Alatskivi_vallavalitsus_et, lk 100
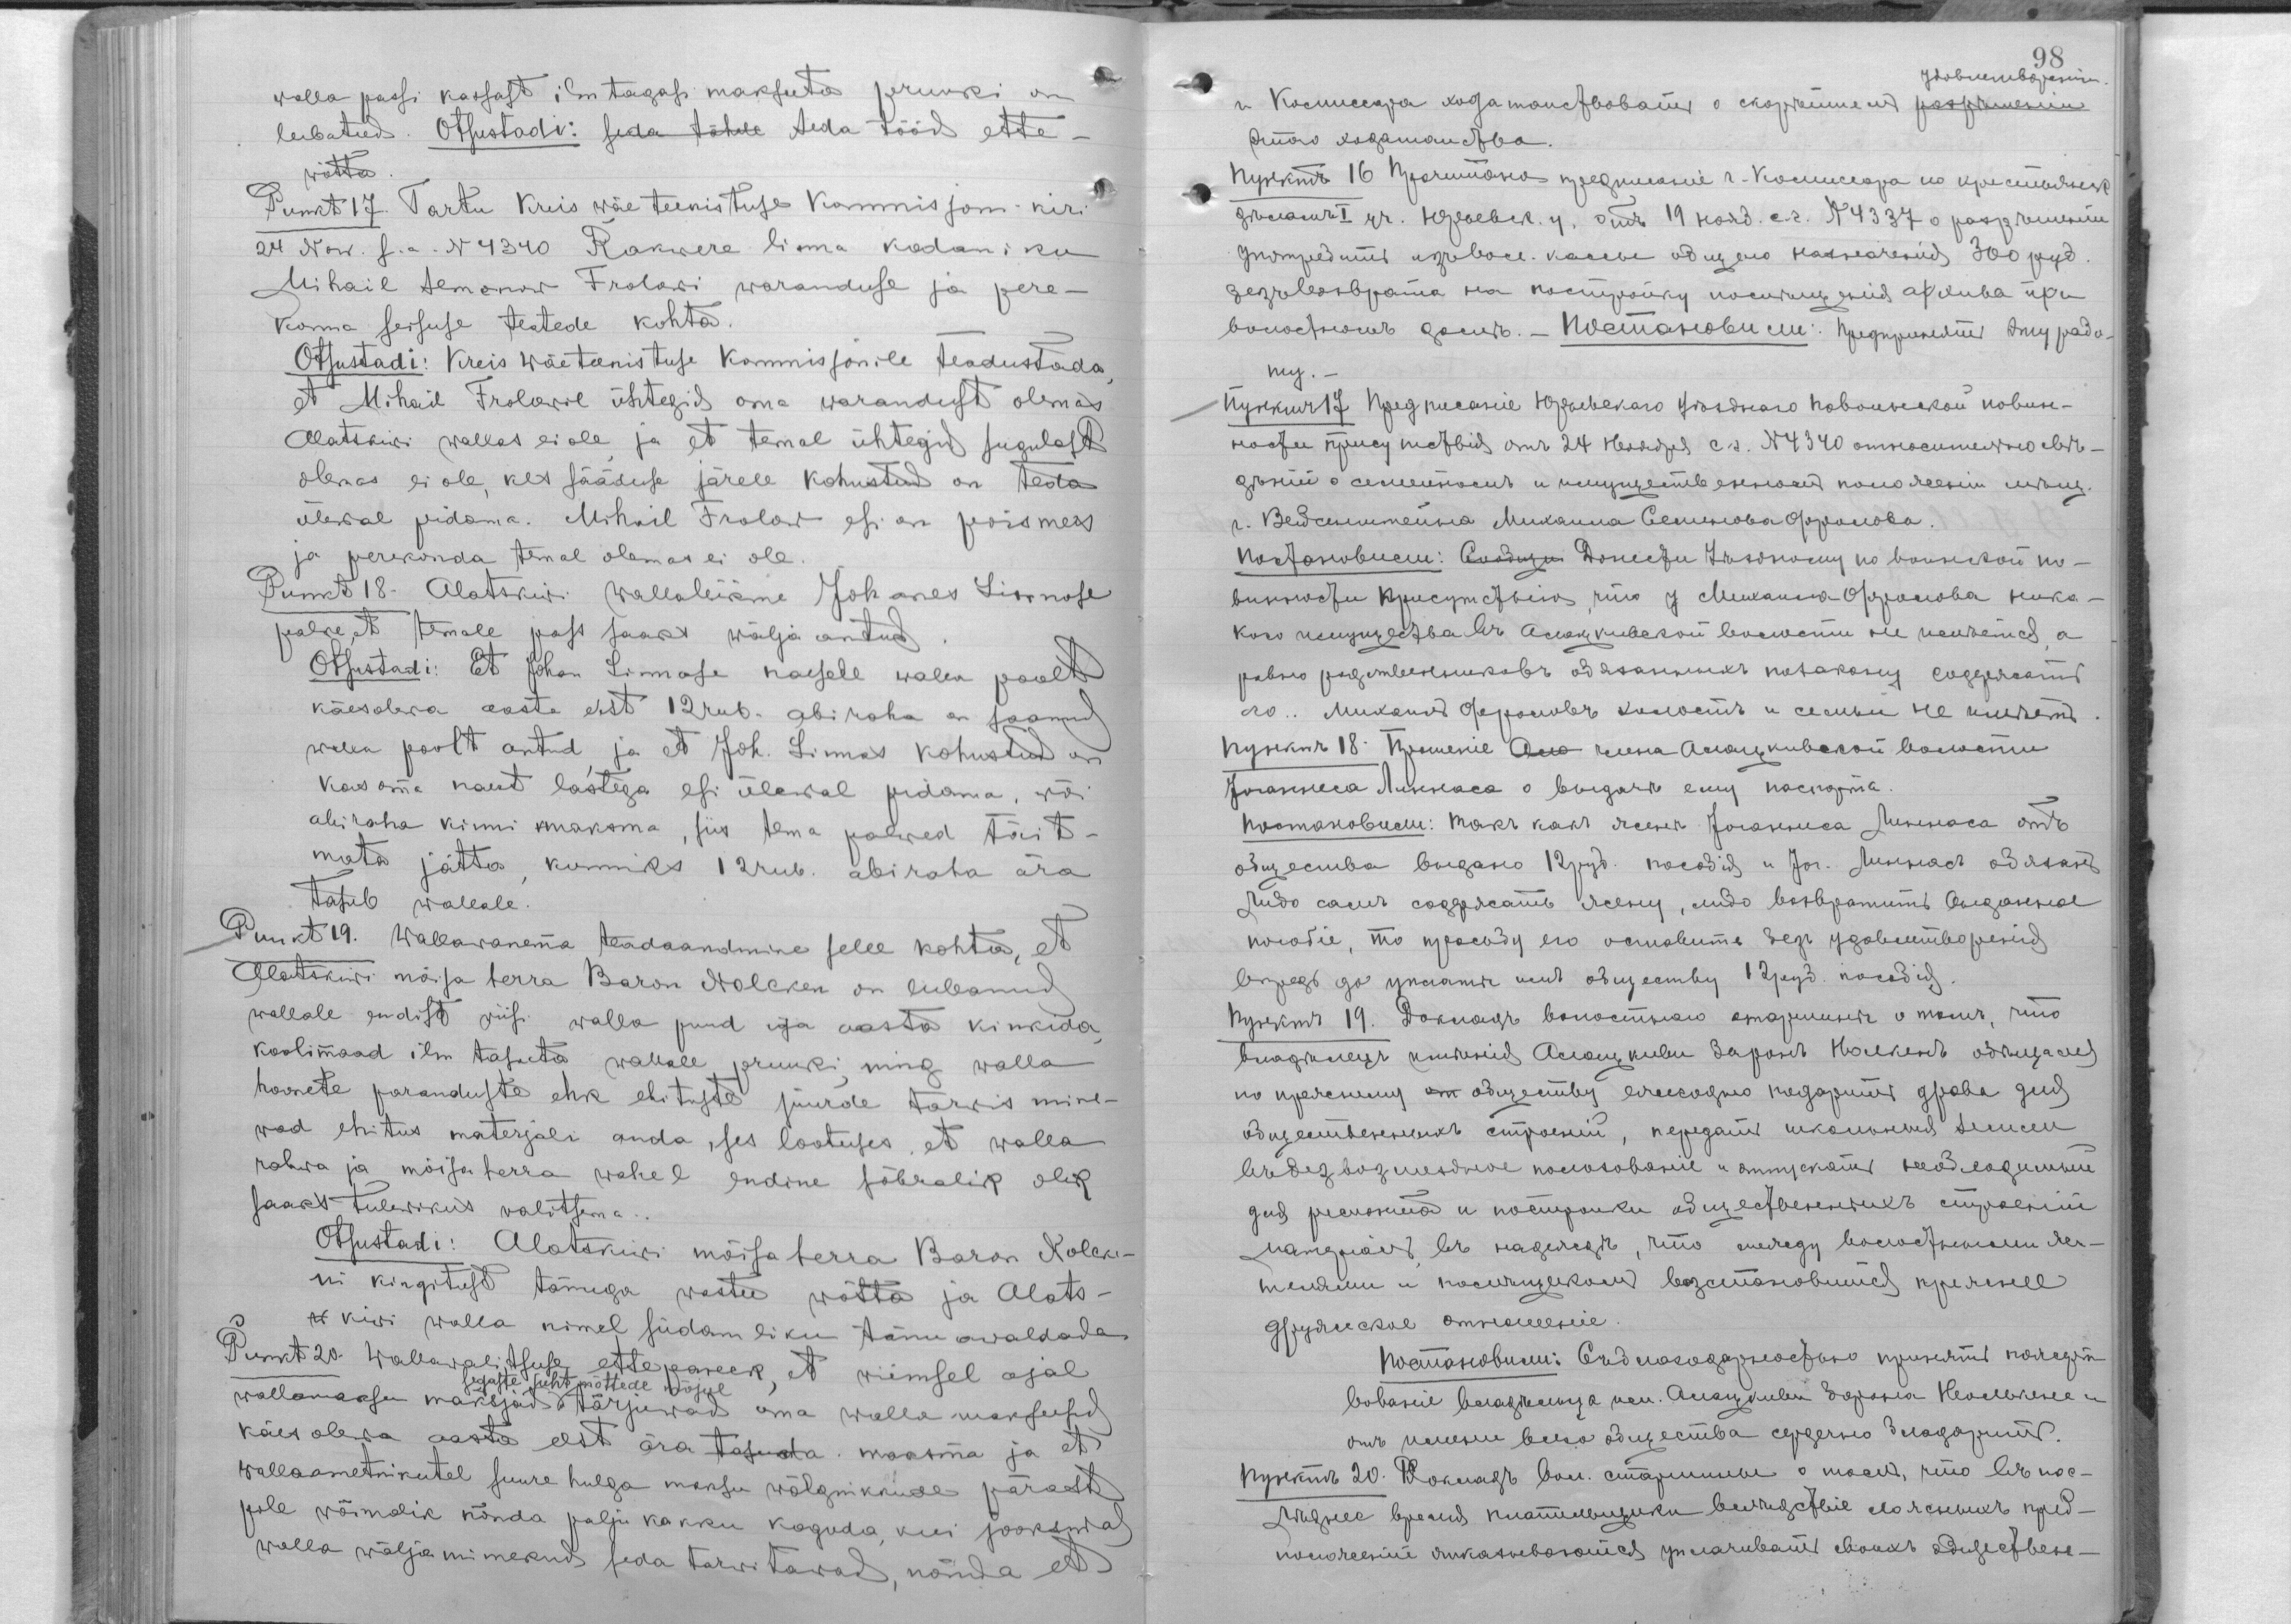
walla passi kassast ilm tagasi maksuta pruuki on
lubatud. Otsustadi: seda tähele teda tööd ette-
wõtta.
Punkt 17. Tartu Kreis wäe teenistuse Kommisjoni kiri
24 Now. s.a. N 4340 Rakwere linna kodaniku
Mihail Semonow Frolowi waranduse ja pere-
konna seisuse teatede kohta.
Otustadi: Kreis wäeteenistuse Kommisjonile teadustada,
et Mihail Frolowil ühtegid oma warandust olemas
Alatskiwi wallas ei ole, ja et temal ühtegid sugulast
olemas ei ole, kes sääduse järele kohustud on teda
ülewal pidama. Mihail Frolow esi on poismees
ja perekonda temal olemas ei ole.
Punkt 18. Alatskiwi wallaliikme Johanes Linnose
palwe, et temale pass saaks wälja antud.
Otsustadi: Et Johan Linnase naesele walla poolt
käesolewa aasta eest 12 ub. abiraha on saanud
walla poolt antud, ja et Joh. Linnas kohustud on
kas oma neast lastega esi ülewal pidama, wõi
abiraha kinni maksm, siis tema palwed täit-
mata jätta, kunniks 12 rub. abiraha ära
tasub wallale.
Punkt 19. Wallawanema teadaandmine selle kohta, et
Alatskiwi mõisa herra Baron Nolcken on lubanud
wallale endist wiisi walla puud iga aasta kinkida,
koolimaad ilm tasuta wallale pruuki, ning walla
hoonete paranduste ehk ehituste juurde tarwis mine-
wad ehitus materjali anda, ses lootuses, et walla
rahwa ja mõisa herra wahel endine sõbralik olek
saaks tulewikus walitsema.
Otsustadi: Alatskiwi mõisa herra Baron Nolcke-
ni kingitust tänuga wastu wõtta ja Alats-
w kiwi walla nimel südamliku tänu awaldada.
Punkt 20. Wallawalitsuse ettepanek, et wiimsel ajal
segaste juht mõttede mõjul
wallamaksu maksjad tõrjuwad oma walla maksusid
käes olewa aasta eest ära tasuda. maksma ja et
wallaametnikutel suure hulga maksu wõlgnikkude pärast
pole wõimalik nõnda palju kokku koguda, kui jookswad
walla wäljaminekud tarwitawad, nõnda et